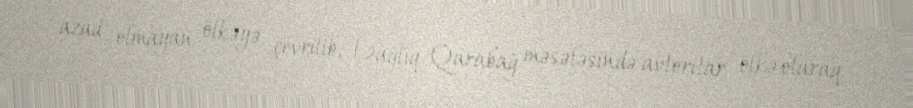
azad olmayan ölkəyə çevrilib, Dağlıq Qarabağ məsələsində avtoritar ölkə olaraq